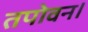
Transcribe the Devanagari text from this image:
तपोवन।